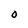
Character: O